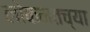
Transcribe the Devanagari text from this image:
लोकमतच्या